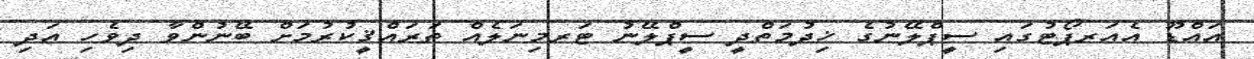
އައްޑޫ އެއަރޕޯޓުގައި ސީޕްލޭނުގެ ޚިދުމަތްދީ ސީޕްލޭނު ޓަރމިނަލެއް ތަރައްޤީކުރުމަށް ބޭނުންވާ ދިވެހި އަދި